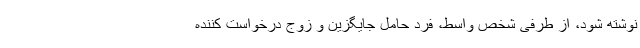
نوشته شود، از طرفی شخص واسط، فرد حامل جایگزین و زوج درخواست کننده